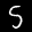
Label: 5